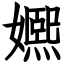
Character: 㜯